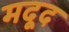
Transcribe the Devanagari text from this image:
मदूद